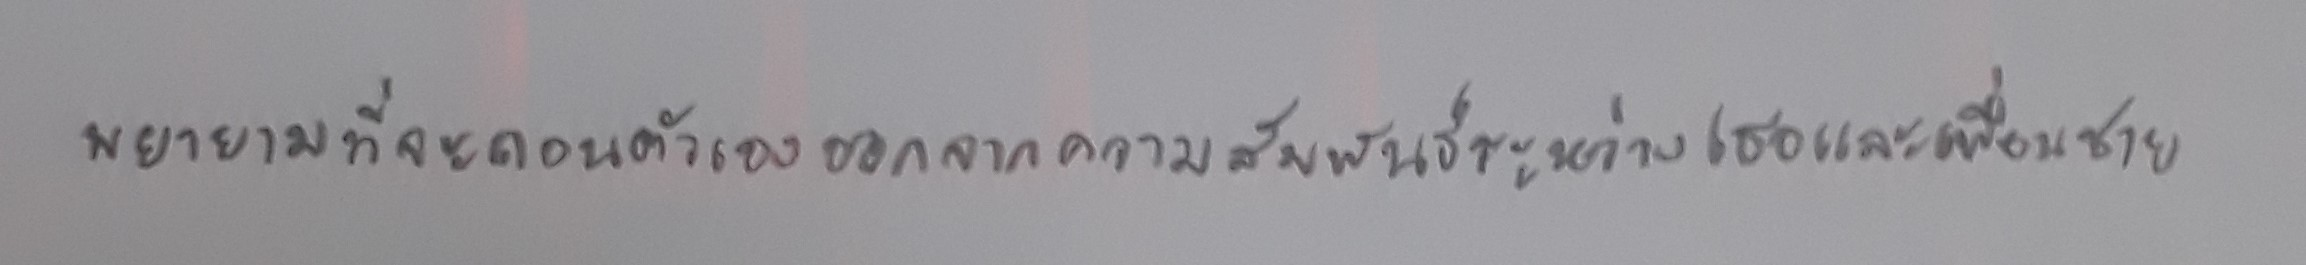
พยายามที่จะถอนตัวเองออกจากความสัมพันธ์ระหว่างเธอและเพื่อนชาย